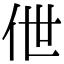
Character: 伳